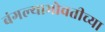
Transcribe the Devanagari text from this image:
बंगल्याभोवतीच्या